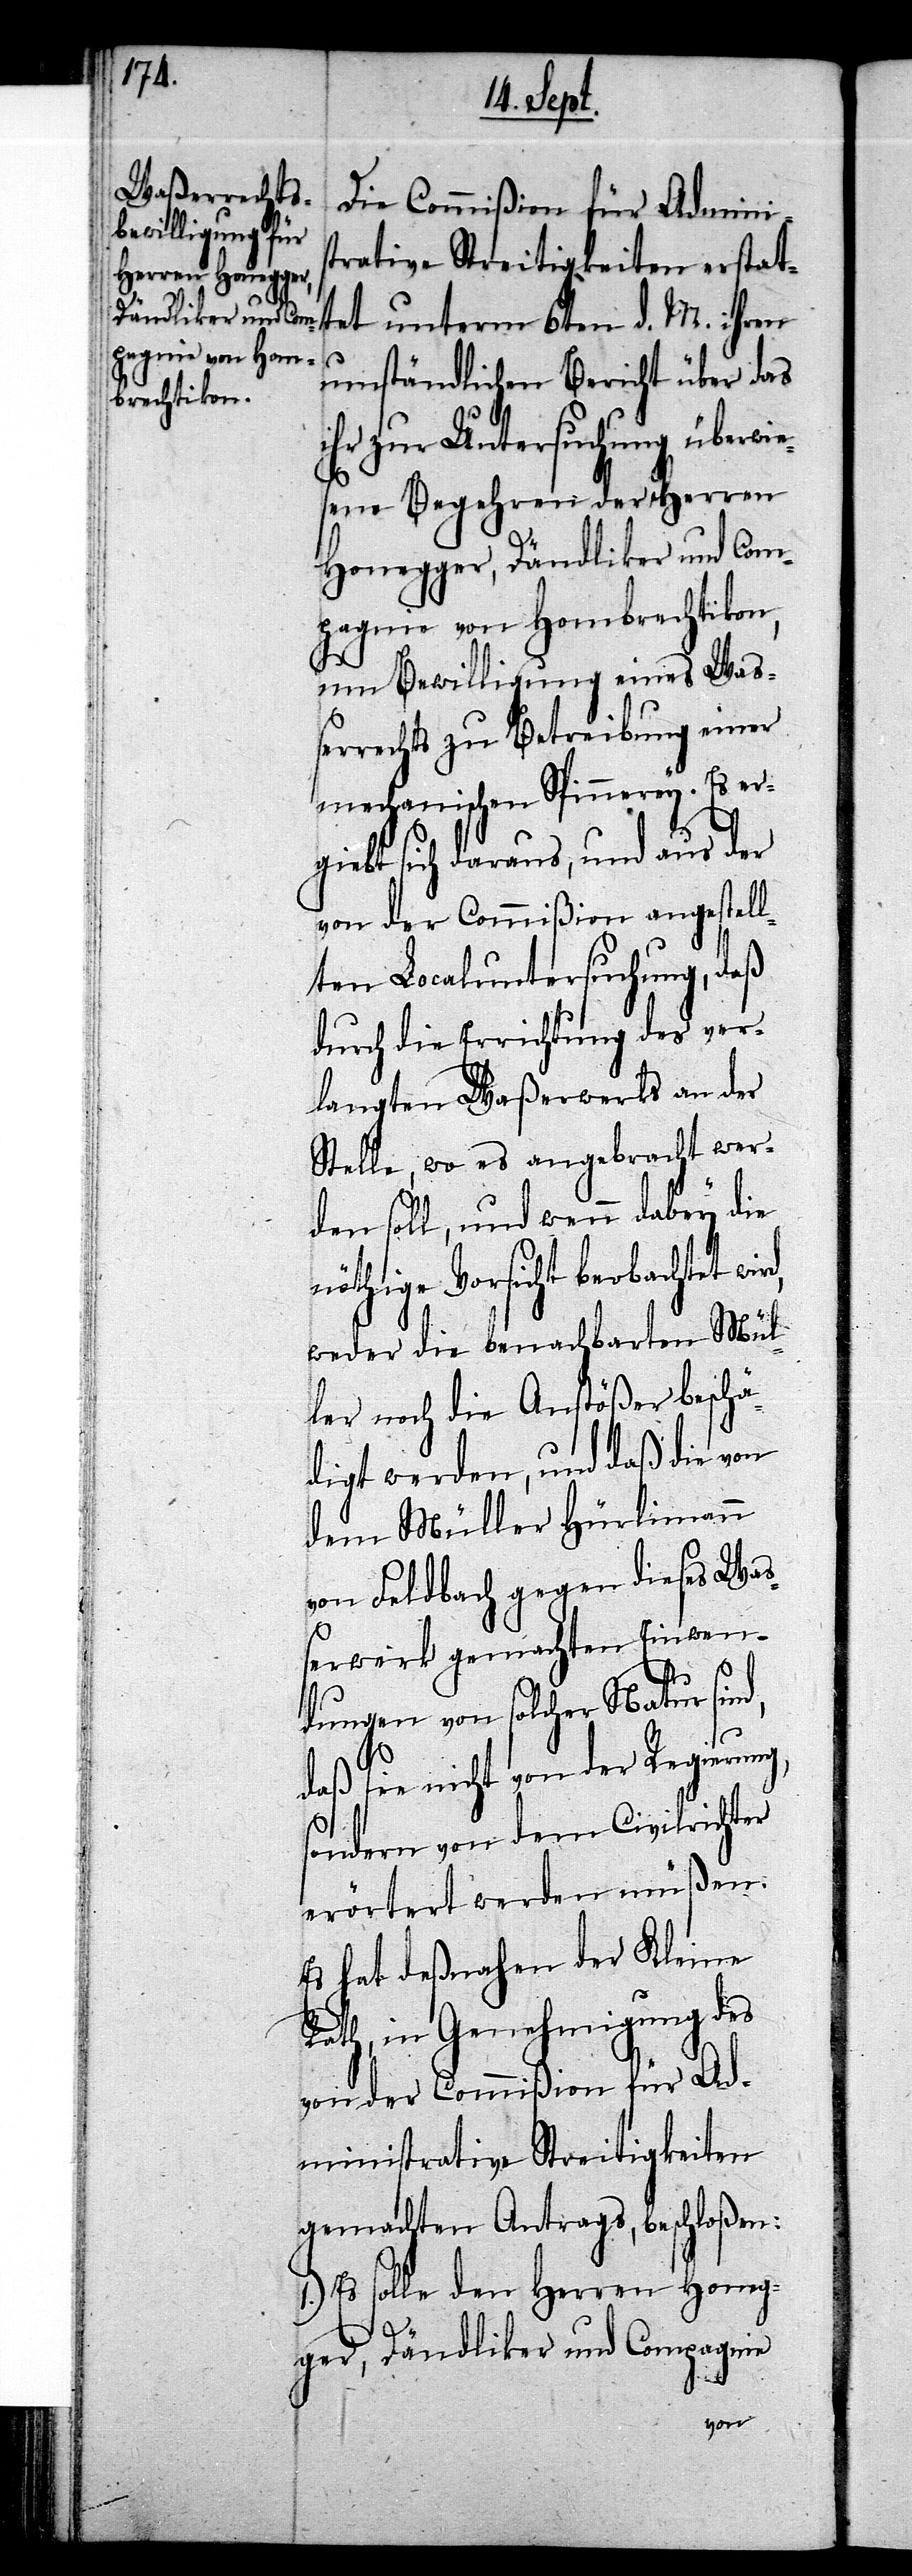
Die Commißion für Admini¬
strative Streitigkeiten erstat¬
tet unterm 6ten d. M. ihren
umständlichen Bericht über das
ihr zur Untersuchung überwi¬
esene Begehren der Herren
Honegger, Dändliker und Com¬
pagnie von Hombrechtikon,
um Bewilligung eines Waß¬
errechts zu Betreibung einer
mechanischen Spinnerey. Es er¬
giebt sich daraus, und aus der
von der Commißion angestell¬
ten Localuntersuchung, daß
durch die Errichtung des ver¬
langten Waßerwerks an der
Stelle, wo es angebracht wer¬
den soll, und wenn dabey die
nöthige Vorsicht beobachtet wir¬
weder die benachbarten Mül¬
ler noch die Anstößer beschä¬
digt werden, und daß die von
dem Müller Hürlimann
von Feldbach gegen dieses Wa¬
ßerwerk gemachten Einwen¬
dungen von solcher Natur sin¬
daß sie nicht von der Regierung,
sondern von dem Civilrichter
erörtert werden müßen.
Es hat deßnahen der Kleine
Rath, in Genehmigung des
von der Commißion für Ad¬
ministrative Streitigkeiten
gemachten Antrags, beschloßen:
1.) Es solle den Herren Honeg¬
ger, Dändliker und Compagnie
d,